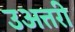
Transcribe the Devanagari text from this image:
उअत्तरी